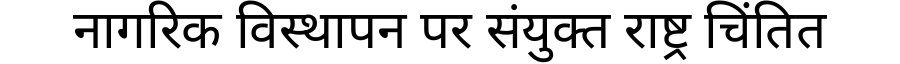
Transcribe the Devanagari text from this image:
नागरिक विस्थापन पर संयुक्त राष्ट्र चिंतित